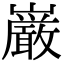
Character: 巌